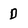
Character: D